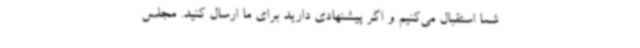
شما استقبال می‌کنیم و اگر پیشنهادی دارید برای ما ارسال کنید. مجلس